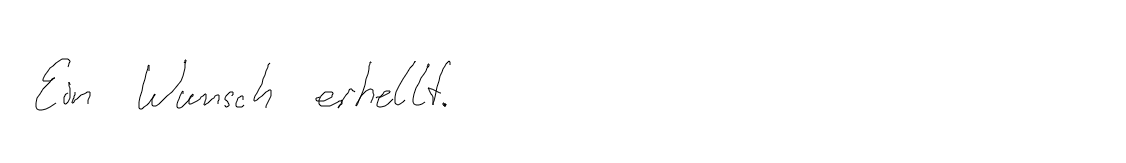
Ein Wunsch erhellt.